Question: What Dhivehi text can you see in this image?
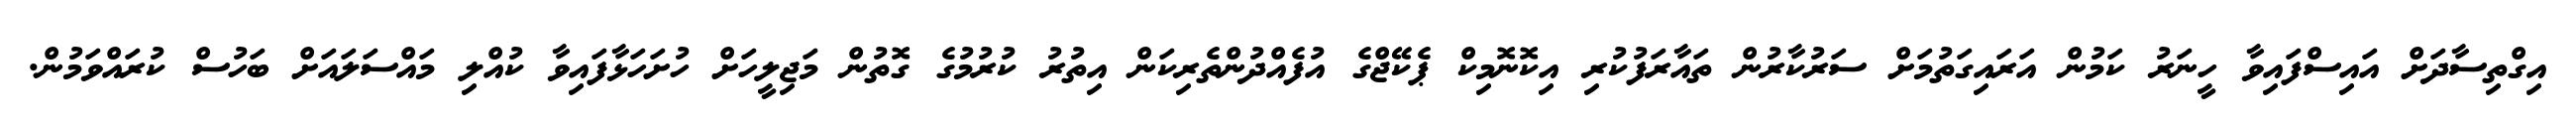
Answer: އިގްތިސާދަށް އައިސްފައިވާ ހީނަރު ކަމުން އަރައިގަތުމަށް ސަރުކާރުން ތައާރަފުކުރި އިކޮނޮމިކް ޕެކޭޖްގެ އުފެއްދުންތެރިކަން އިތުރު ކުރުމުގެ ގޮތުން މަޖިލީހަށް ހުށަހަޅާފައިވާ ކުއްލި މައްސަލައަށް ބަހުސް ކުރައްވަމުން.